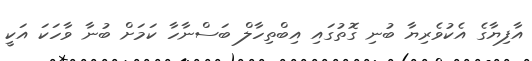
އާފިޔާގެ އެކުވެރިޔާ ބުނި ގޮތުގައި އިބްތިހާލް ބަސްނާހާ ކަމަށް ބުނާ ވާހަކަ އަކީ